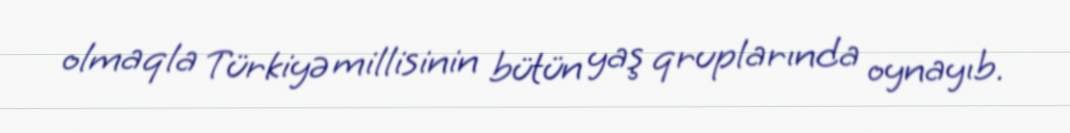
olmaqla Türkiyə millisinin bütün yaş qruplarında oynayıb.